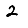
Digit: 2